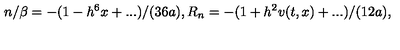
n / \beta = - ( 1 - h ^ { 6 } x + . . . ) / ( 3 6 a ) , R _ { n } = - ( 1 + h ^ { 2 } v ( t , x ) + . . . ) / ( 1 2 a ) ,